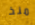
منذ